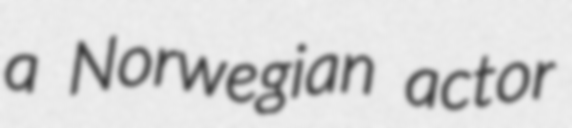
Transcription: a Norwegian actor